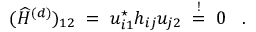
( \widehat { H } ^ { ( d ) } ) _ { 1 2 } \; = \; u _ { i 1 } ^ { \star } h _ { i j } u _ { j 2 } \; \stackrel { ! } { = } \; 0 \; \; \; .